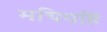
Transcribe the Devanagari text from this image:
मचियहिं